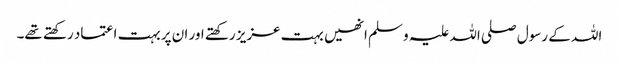
اللہ کے رسول صلی اللہ علیہ و سلم انھیں بہت عزیز رکھتے اور ان پر بہت اعتماد رکھتے تھے۔